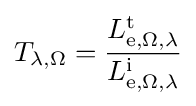
T_{\lambda ,\Omega }={\frac {L_{\mathrm {e} ,\Omega ,\lambda }^{\mathrm {t} }}{L_{\mathrm {e} ,\Omega ,\lambda }^{\mathrm {i} }}}